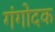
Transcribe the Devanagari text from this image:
गंगोदक